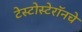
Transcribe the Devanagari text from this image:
टेस्टोस्टेरॉनचे